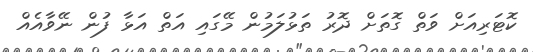
ކޮޓަރިއަށް ވަތް ގޮތަށް ދޮރު ތަޅުލަމުން މޭގައި އަތް އަޅާ ފުން ނޭވާއެއް